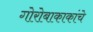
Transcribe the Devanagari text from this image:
गोरोबाकाकांचे